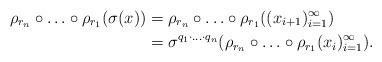
LaTeX: \begin{align*}\rho_{r_n}\circ \ldots \circ \rho_{r_1}(\sigma(x)) &= \rho_{r_n}\circ \ldots \circ \rho_{r_1}((x_{i+1})_{i=1}^{\infty})\\&= \sigma^{q_1\cdot \ldots \cdot q_n}(\rho_{r_n}\circ \ldots \circ \rho_{r_1}(x_{i})_{i=1}^{\infty}). \end{align*}